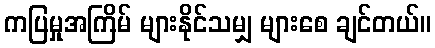
ကပြမှုအကြိမ် များနိုင်သမျှ များစေ ချင်တယ်။